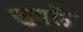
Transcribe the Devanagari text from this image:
खपले